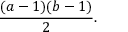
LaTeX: { \frac { ( a - 1 ) ( b - 1 ) } { 2 } } .